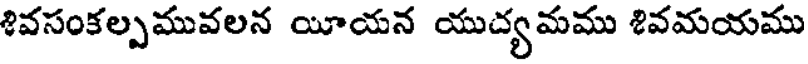
శివసంకల్పమువలన యీయన యుద్యమము శివమయము